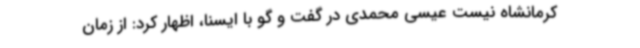
کرمانشاه نیست عیسی محمدی در گفت و گو با ایسنا، اظهار کرد: از زمان